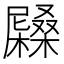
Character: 𡳭